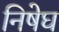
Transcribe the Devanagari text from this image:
निषेघ